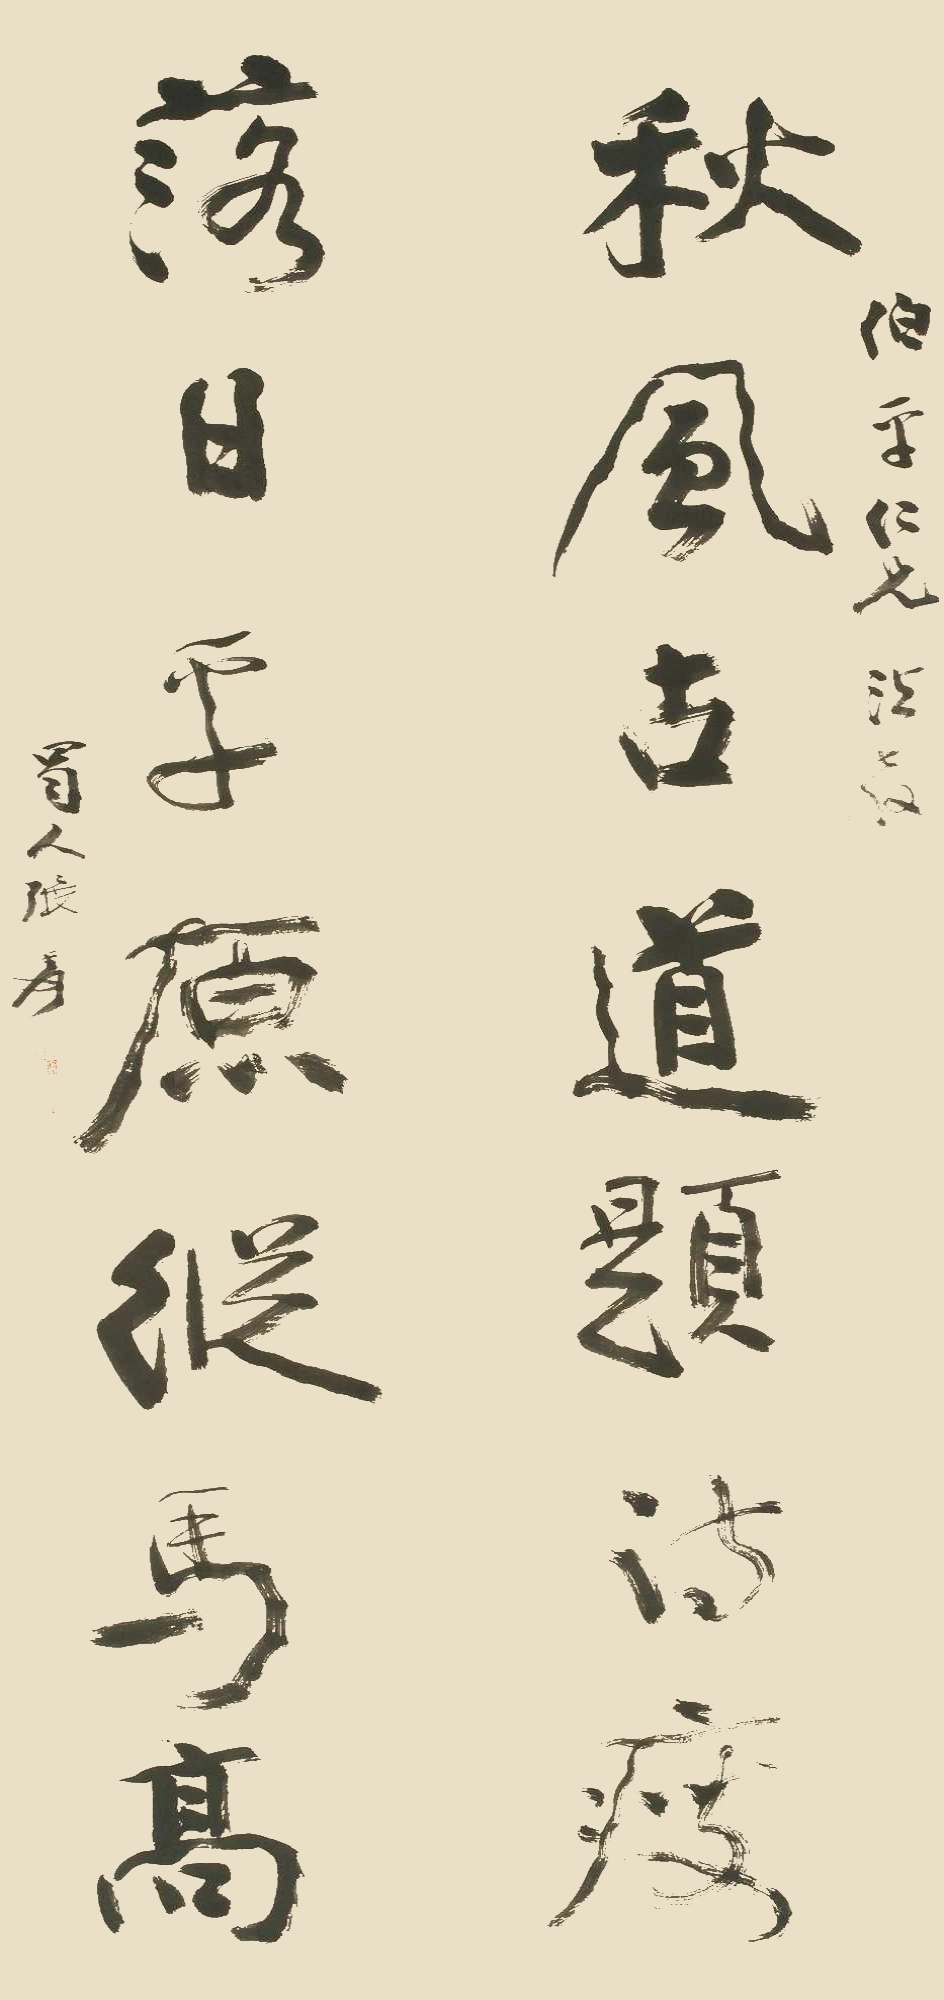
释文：秋风古道题诗瘦，落日平原纵马高。伯平仁兄法教，蜀人张爰。